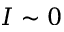
I \sim 0